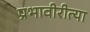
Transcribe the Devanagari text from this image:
प्रभावीरीत्या